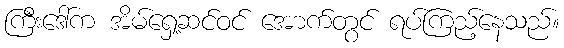
ကြီးဒေါ်က အိမ်ရှေ့ဆင်ဝင် အောက်တွင် ရပ်ကြည့်နေသည်။